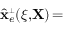
\hat { \bf x } _ { e } ^ { \scriptscriptstyle \perp } ( \xi , \! { \bf X } ) \! =